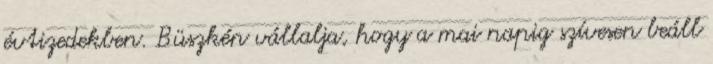
évtizedekben. Büszkén vállalja, hogy a mai napig szívesen beáll